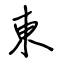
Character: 東